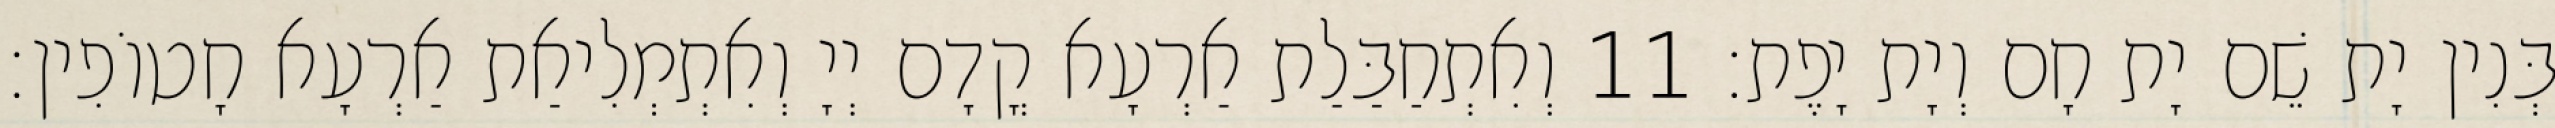
בְּנִין יָת שֵׁם יָת חָם וְיָת יָפֶת׃ 11 וְאִתְחַבַּלַת אַרְעָא קֳדָם יְיָ וְאִתְמְלִיאַת אַרְעָא חָטוֹפִין׃